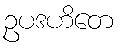
ဥပဒဟိတေ